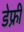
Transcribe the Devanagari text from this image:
डेफ्री